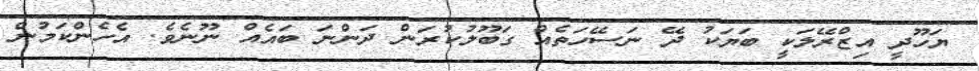
ޔަހޫދީ އިޒްރޭލަކީ ބަޔަކު ދޭ ނަސޭހަތެއް ގަބޫލުކުރަން ދަންނަ ބައެއް ނޫނެވެ. އެހެންކަމުން